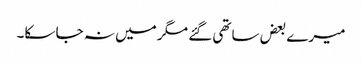
میرے بعض ساتھی گئے مگر میں نہ جا سکا۔